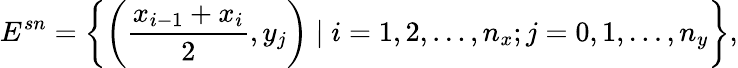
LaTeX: E^{sn}=\left\{ \left(\frac{x_{i-1}+x_{i}}{2},y_{j}\right)\mid i=1,2,\ldots,n_{x};j=0,1,\ldots,n_{y}\right\} ,